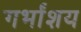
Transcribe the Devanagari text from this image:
गर्भांशय